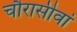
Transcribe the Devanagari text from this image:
चौरासीवां